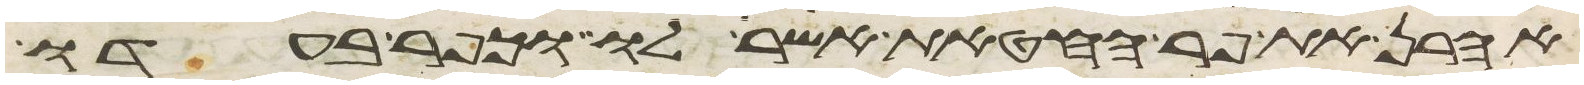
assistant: אהרן את פר החטאת אשר לו וכפר בעדו